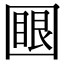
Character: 𡈟